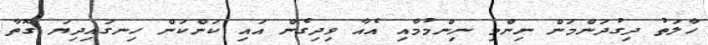
ހާލަތު ދިގުދަންމަން ނިންމި ނިންމުމާއި އެއާ ވިދިގެން އައި ކަންކަން ހިނގައިދިޔަ ގޮތާ